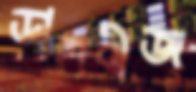
ডালবীজ